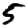
Digit: 5